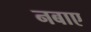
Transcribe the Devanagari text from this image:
नबाए